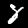
Digit: 8